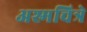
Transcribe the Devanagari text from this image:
अश्मचित्रे